Annual report of the Punjab Veterinary College and of the Civil Veterinary Department, Punjab - 1894-1908
Year: 1894
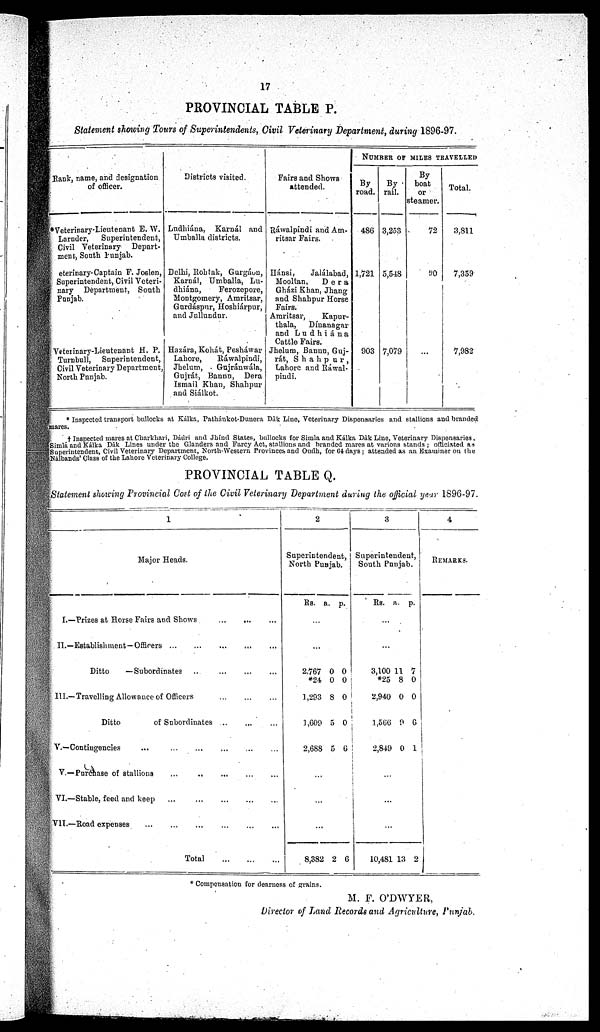
17
PROVINCIAL TABLE P.
Statement showing Tours of Superintendents, Civil Veterinary Department, during 1896-97.
Rank, name, and designation
of officer.
*Veterinary-Lieutenant E. W.
Larnder,
Superintendent,
Civil Veterinary
Depart-
ment, South Punjab.
eterinary-Captain F. Joslen,
Superintendent, Civil Veteri-
nary Department, South
Punjab.
Veterinary-Lieutenant H. P.
Turnbull,
Superintendent,
Civil Veterinary Department,
North Punjab.
Districts visited.
Ludhiána, Karnál and
Umballa districts.
Delhi, Rohtak, Gurgáon,
Karnál, Umballa, Lu-
dhiána,
Ferozepore,
Montgomery, Amritsar,
Gurdáspur, Hoshiárpur,
and Jullundur.
Hazára, Kohát, Pesháwar
Lahore,
Ráwalpindi,
Jhelum, . Gujránwála,
Gujrát, Bannn, Dera
Ismail Khan, Shahpur
and Siálkot.
Fairs and Shows
attended.
Ráwalpindi and Am-
ritsar Fairs.
Hánsi,
Jalúlabad,
Mooltan,
Dera
Gházi Khan, Jhang
and Shahpur Horse
Fairs.
Amritsar,
Kapur-
thala,
Dínanagar
and Ludhiána
Cattle Fairs.
Jhelum, Bannn, Guj-
rát, Shahpur,
Lahore and Ráwal-
pindi.
NUMBER OF MILES TRAVELLED
By
road.
486
1,721
903
rail.
3,253
5,548
7,079
By
boat
or
steamer.
72
90
...
Total.
3,811
7,359
7,982
* Inspected transport bullocks at Kálka, Pathánkot-Dunera Dák Line, Veterinary Dispensaries and stallions and branded
mares.
† Inspected mares at Charkhari, Dádri and Jhínd States, bullocks for Simla and Kálka Dâk Line, Veterinary Dispensaries.
Simla and Kálka Dâk Lines under the Glanders and Farcy Act, stallions and branded mares at various stands ; officiated as
Superintendent, Civil Veterinary Department, North-Western Provinces and Oudh, for 64 days; attended as an Examiner on the
Nalbands' Class of the Lahore Veterinary College.
PROVINCIAL TABLE Q.
Statement showing Provincial Cost of the Civil Veterinary Department during the official year 1896-97.
1
Major Heads.
I.—Prizes at Horse Fairs and Shows
...
...
...
II.—Establishment—Officers ... ... ... ... ...
Ditto
—Subordinates
..
...
...
...
III.— Travelling Allowance of Officers
...
...
...
Ditto
of Subordinates
...
...
...
V.—Contingencies
...
...
...
...
...
...
V.—Purchase of stallions ... ...
...
...
...
VI.—-Stable, feed and keep ... ... ... ... ...
VII.—Road expenses
...
...
...
...
...
...
Total
2
Superintendent
North Punjab.
Rs. a. p.
...
...
2,767
*24
1,293
1,609
2,688
0
0
8
5
5
0
0
0
0
6
...
...
...
8,382 2 6
3
Superintendent
South
Punjab.
Rs. a. p.
...
...
3,100
*25
2,940
1,566
2,849
11
8
0
9
0
7
0
0
0
1
...
...
...
10,481 13 2
4
REMARKS.
* Compensation for dearness of grains.
M. F. O'DWYER,
Director of Land Records and Agriculture, Punjab.